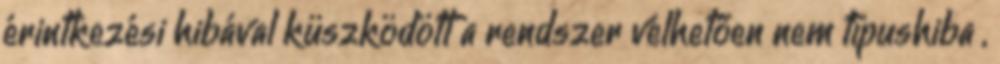
érintkezési hibával küszködött a rendszer vélhetően nem típushiba ,